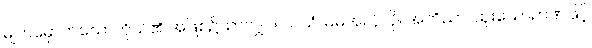
မျက်မှောက်သောကိုယ်၏ အဖြစ်၌သာလျှင်။ သယံ၊ မိမိအလိုလို။ အဘိညာ၊ ထူးသောဉာဏ်ဖြင့်